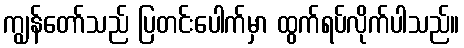
ကျွန်တော်သည် ပြတင်းပေါက်မှာ ထွက်ရပ်လိုက်ပါသည်။